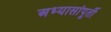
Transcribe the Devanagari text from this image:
अभ्यासांपूर्ती